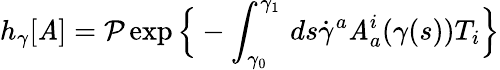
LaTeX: h_{\gamma}[\mathit{A}]={\mathcal{{P}}}\exp{\Big\{ }-\int_{\gamma_{0}}^{\gamma_{1}}\, ds{\dot{{\gamma}}}^{a}\mathit{A}_{a}^{i}(\gamma(s))T_{i}{\Big\} }